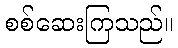
စစ်ဆေးကြသည်။